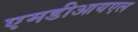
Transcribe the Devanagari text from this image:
एमडीआयएल